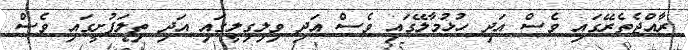
ރާއްޖެތެރޭގައި ވެސް އަދި ހުޅުމާލޭގައި ވެސް އަދި ވިލިގިލީގައި އަދި ތިލަފުށީގައި ވެސް